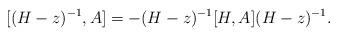
LaTeX: \begin{align*}[(H-z)^{-1},A]=-(H-z)^{-1}[H,A](H-z)^{-1}.\end{align*}